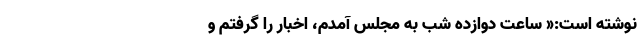
نوشته است:« ساعت‌ دوازده‌ شب‌ به‌ مجلس‌ آمدم‌، اخبار را گرفتم‌ و